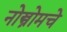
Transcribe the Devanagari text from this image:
नोस्त्रोमचे